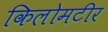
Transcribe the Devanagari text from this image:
किलोमटीर